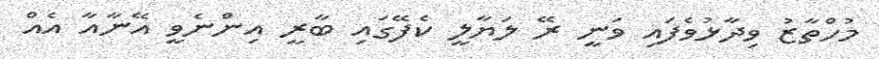
މުހްތާޒު ވިދާޅުވެފައި ވަނީ ރޭ ލަޔާލީ ކެފޭގައި ބާރީ އިންނެވީ އޭނާއާ އެއް